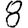
Digit: 8